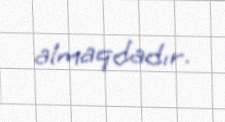
almaqdadır.